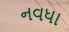
નવધા